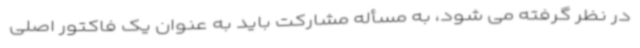
در نظر گرفته می شود، به مسأله مشارکت باید به عنوان یک فاکتور اصلی